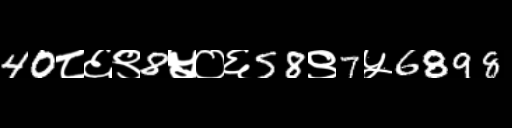
Text: 40८६९8५०६58९7५6898